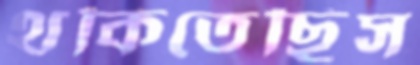
থকিতেছিস